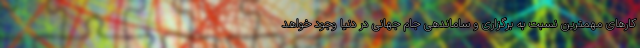
کارهای مهمترین نسبت به برگزاری و ساماندهی جام جهانی در دنیا وجود خواهد